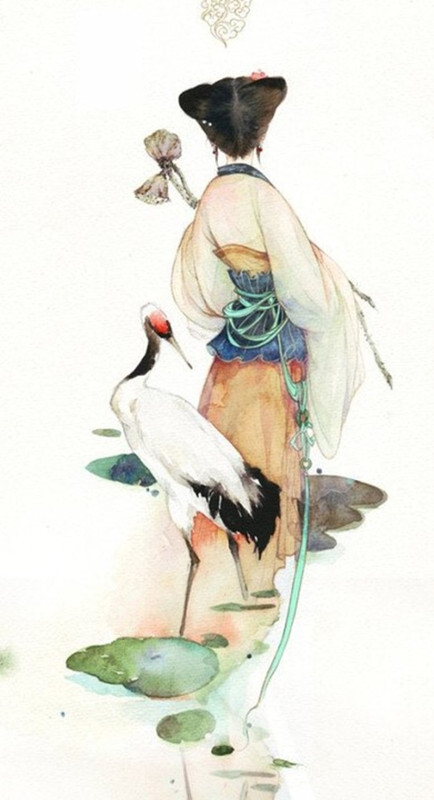
人到情多情转薄，而今真个不多情。